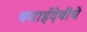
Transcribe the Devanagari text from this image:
यमाईदेवीचे